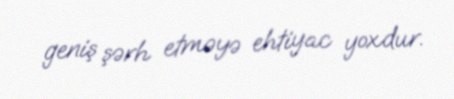
geniş şərh etməyə ehtiyac yoxdur.